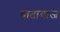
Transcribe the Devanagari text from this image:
यातायाज